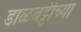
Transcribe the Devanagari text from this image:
डाळबट्टीच्या